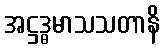
အဋ္ဌဒ္ဓမာသသတာနိ